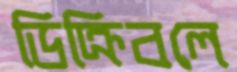
ডিক্রিবলে